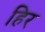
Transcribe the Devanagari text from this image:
हिर